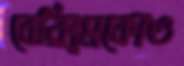
বেক্সিমকোও